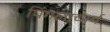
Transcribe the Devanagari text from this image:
पिंगलाचार्य